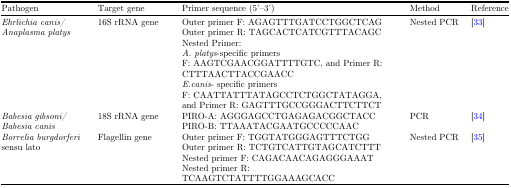
<table><thead><tr><td><b>Pathogen</b></td><td><b>Target gene</b></td><td><b>Primer sequence (5&#x27;–3&#x27;)</b></td><td><b>Method</b></td><td><b>Reference</b></td></tr></thead><tbody><tr><td><i>Ehrlichia canis/ Anaplasma platys</i></td><td>16S rRNA gene</td><td>Outer primer F: AGAGTTTGATCCTGGCTCAGOuter primer R: TAGCACTCATCGTTTACAGCNested Primer:<i>A. platys</i>-specific primersF: AAGTCGAACGGATTTTGTC, and Primer R: CTTTAACTTACCGAACC<i>E.canis</i>- specific primersF: CAATTATTTATAGCCTCTGGCTATAGGA, and Primer R: GAGTTTGCCGGGACTTCTTCT</td><td>Nested PCR</td><td>[33]</td></tr><tr><td><i>Babesia gibsoni/ Babesia canis</i></td><td>18S rRNA gene</td><td>PIRO-A: AGGGAGCCTGAGAGACGGCTACCPIRO-B: TTAAATACGAATGCCCCCAAC</td><td>PCR</td><td>[34]</td></tr><tr><td><i>Borrelia burgdorferi</i> sensu lato</td><td>Flagellin gene</td><td>Outer primer F: TGGTATGGGAGTTTCTGGOuter primer R: TCTGTCATTGTAGCATCTTTNested primer F: CAGACAACAGAGGGAAATNested primer R:TCAAGTCTATTTTGGAAAGCACC</td><td>Nested PCR</td><td>[35]</td></tr></tbody></table>